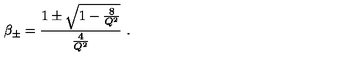
\beta _ { \pm } = { \frac { 1 \pm \sqrt { 1 - { \frac { 8 } { Q ^ { 2 } } } } } { \frac { 4 } { Q ^ { 2 } } } } \ .